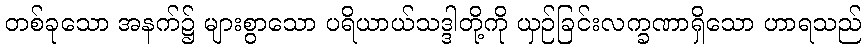
တစ်ခုသော အနက်၌ များစွာသော ပရိယာယ်သဒ္ဒါတို့ကို ယှဉ်ခြင်းလက္ခဏာရှိသော ဟာရသည်